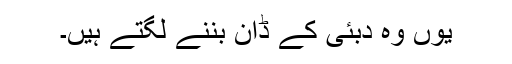
یوں وہ دبئی کے ڈان بننے لگتے ہیں۔